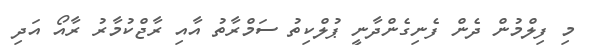
މި ފިލްމުން ދެން ފެނިގެންދާނީ ޕުލްކިތު ސަމްރާތު އާއި ރާޖްކުމާރު ރާއޯ އަދި